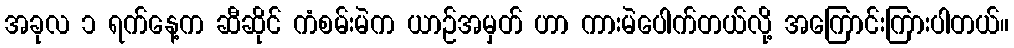
အခုလ ၁ ရက်နေ့က ဆီဆိုင် ကံစမ်းမဲက ယာဉ်အမှတ် ဟာ ကားမဲပေါက်တယ်လို့ အကြောင်းကြားပါတယ်။